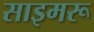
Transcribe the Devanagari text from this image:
साइमरू